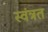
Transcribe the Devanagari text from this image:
स्वंत्रत